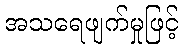
အသရေဖျက်မှုဖြင့်